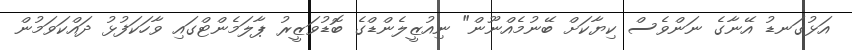
އަޅުގަނޑު އޭނާގެ ނަންވެސް ކިޔާކަށް ބޭނުމެއްނޫން" ނިއުޒީލެންޑްގެ ބޮޑުވަޒީރު ޕާލަމެންޓްގައި ވާހަކަފުޅު ދައްކަވަމުން